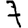
Digit: 7